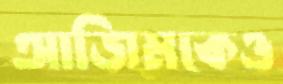
আজিমকেও